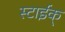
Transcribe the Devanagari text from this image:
स्टाईक्